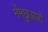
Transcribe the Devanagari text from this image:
मेंमछुआरों